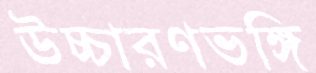
উচ্চারণভঙ্গি